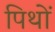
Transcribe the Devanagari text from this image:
पिथों